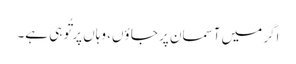
اگر میں آسمان پر جا ؤں، وہاں پر تُو ہی ہے۔